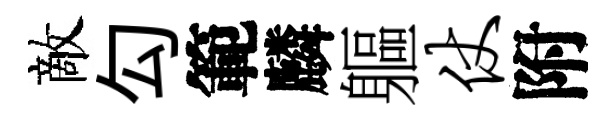
敵勾範麟軀仗附